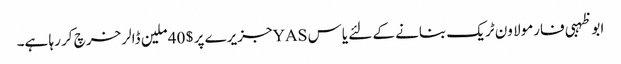
ابو ظہبی فارمولا ون ٹریک بنانے کے لئے یاس YASجزیرے پر $ 40 ملین ڈالر خرچ کر رہا ہے۔